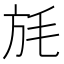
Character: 𣬵